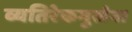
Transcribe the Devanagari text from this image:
व्यतिरेकमुखेन।